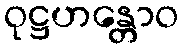
ဝုဋ္ဌဟန္တောဝ